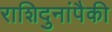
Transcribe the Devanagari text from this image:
राशिदुनांपैकी